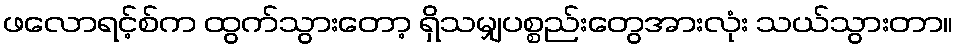
ဖလောရင့်စ်က ထွက်သွားတော့ ရှိသမျှပစ္စည်းတွေအားလုံး သယ်သွားတာ။